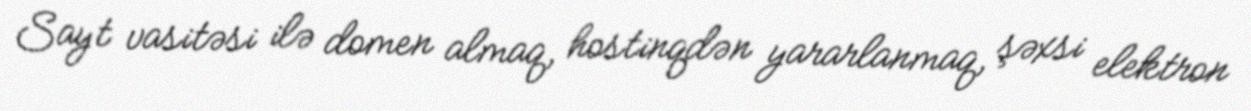
Sayt vasitəsi ilə domen almaq, hostinqdən yararlanmaq, şəxsi elektron